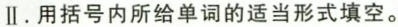
II.用括号内所给单词的适当形式填空。